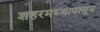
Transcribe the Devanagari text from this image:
शहरमध्यापासून